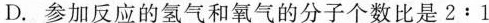
D.参加反应的氢气和氧气的分子个数比是2:1